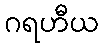
ဂရဟီယ